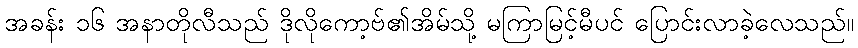
အခန်း ၁၆ အနာတိုလီသည် ဒိုလိုကော့ဗ်၏အိမ်သို့ မကြာမြင့်မီပင် ပြောင်းလာခဲ့လေသည်။